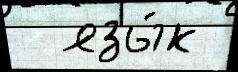
  язы́к